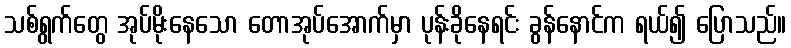
သစ်ရွက်တွေ အုပ်မိုးနေသော တောအုပ်အောက်မှာ ပုန်းခိုနေရင်း ခွန်နောင်က ရယ်၍ ပြောသည်။